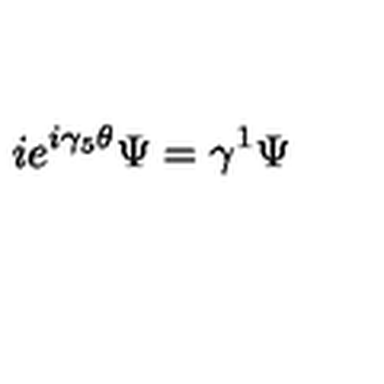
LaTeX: i e ^ { i \gamma _ { 5 } \theta } \Psi = \gamma ^ { 1 } \Psi